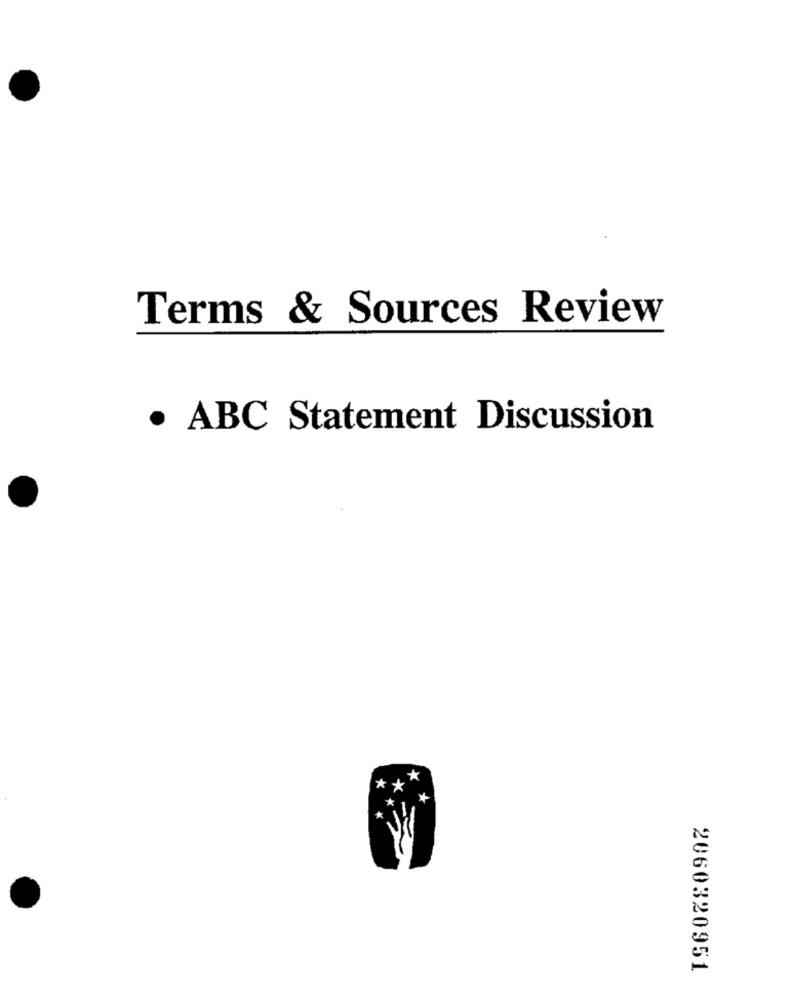
Terms & Sources Review
· ABC Statement Discussion
**
*.
2060320951